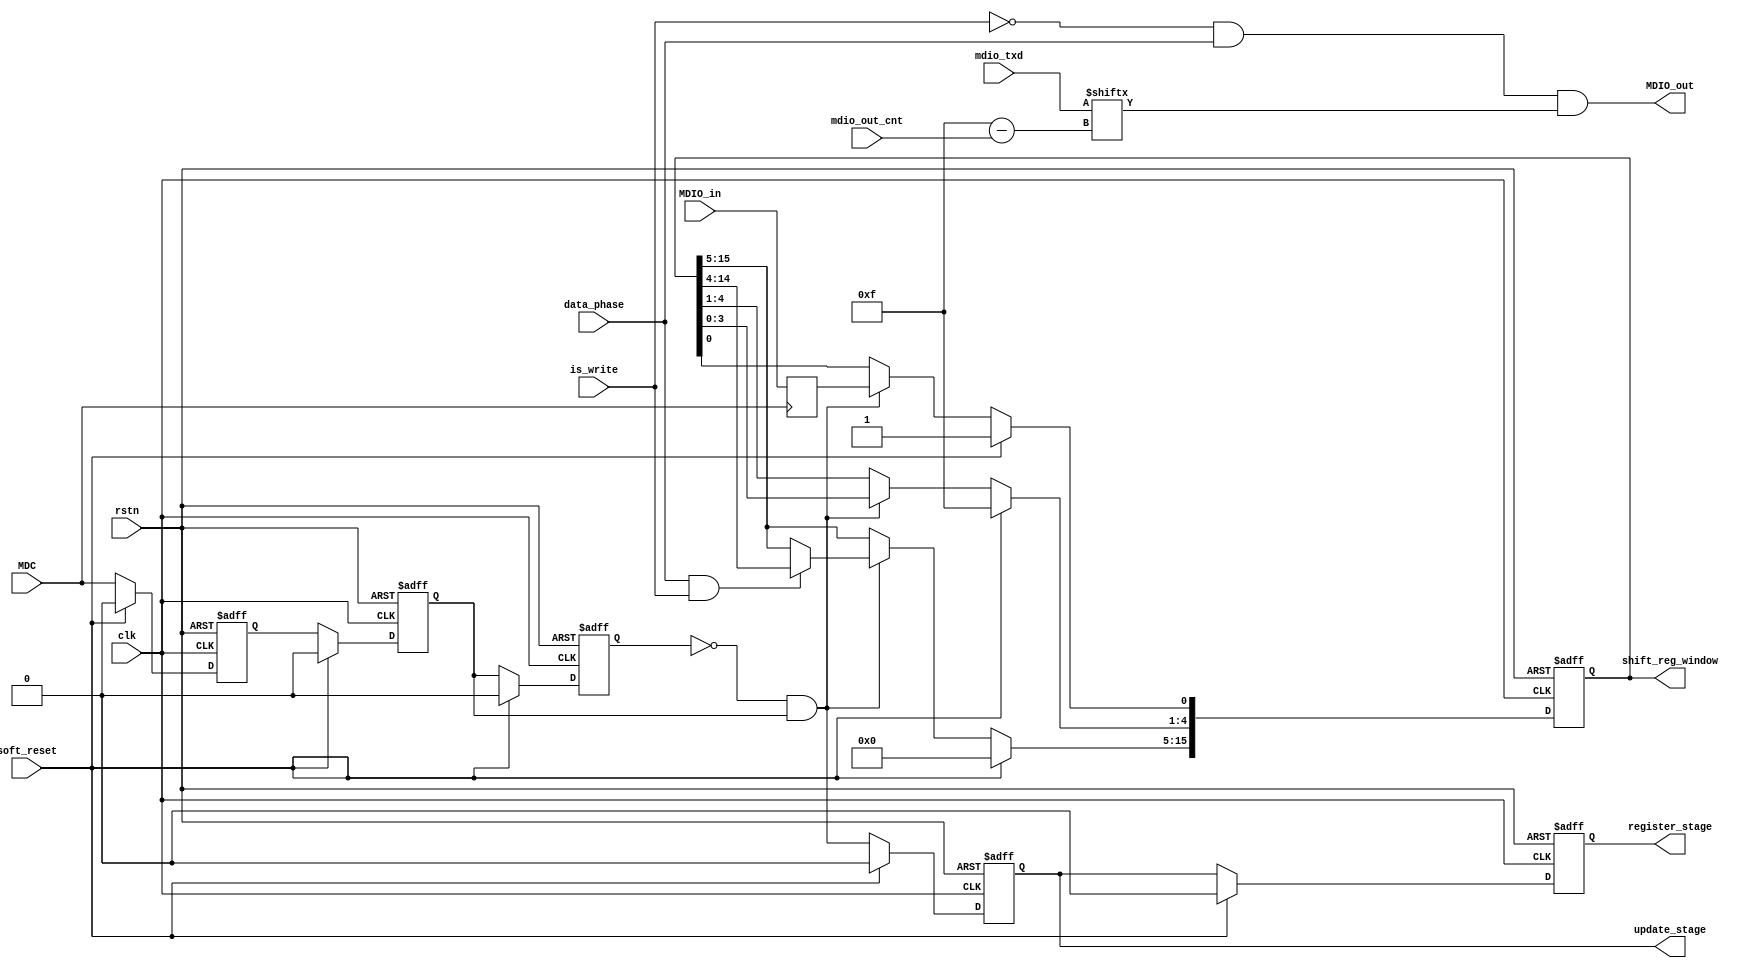
// ==================================================================
//                (C) COPYRIGHT Belling Co., Lmt.
//                      ALL RIGHTS RESERVED
// ==================================================================
//  File Initiation   :  2020-2-24
// ==================================================================


module MDIO_datapath (
    // clk and reset
    input   wire            clk, 
    input   wire            rstn,
    // MDIO interface
    input   wire            MDIO_in,
    output  wire             MDIO_out,
    input   wire            MDC,
    // control path interface
    output  reg     [15:0]  shift_reg_window,
    input   wire            data_phase,
    input   wire            is_write,
    output  reg             update_stage,
    output  reg             register_stage,
    input   wire    [3:0]   mdio_out_cnt,
    // MDIO TXD
    input   wire    [15:0]  mdio_txd, 
    //soft reset
    input   wire            soft_reset
);

reg             mdio_sampled_data;
reg             mdc_synch_stage1;
reg             mdc_synched_data;           //mdc_synch_stage2
reg             mdc_synched_data_shift;
wire            mdc_posedge;          

// sample FF
always @(posedge MDC) begin
    mdio_sampled_data <= MDIO_in;
end

// MDC synch
always @(posedge clk or negedge rstn) begin
    if (~rstn) begin
        mdc_synch_stage1 <= 1'b0;
        mdc_synched_data <= 1'b0;
        mdc_synched_data_shift <= 1'b0;
    end
    else if (soft_reset) begin
        mdc_synch_stage1 <= 1'b0;
        mdc_synched_data <= 1'b0;
        mdc_synched_data_shift <= 1'b0;
    end
    else begin
        mdc_synch_stage1 <= MDC;
        mdc_synched_data <= mdc_synch_stage1;
        mdc_synched_data_shift <= mdc_synched_data;
    end
end

// mdc_posedge detected
assign mdc_posedge = (~mdc_synched_data_shift) & mdc_synched_data;

// update_stage/register_stage
always @(posedge clk or negedge rstn) begin
    if (~rstn) begin
        update_stage <= 1'b0;
        register_stage <= 1'b0;
    end
    else if (soft_reset) begin
        update_stage <= 1'b0;
        register_stage <= 1'b0;
    end
    else begin
        update_stage <= mdc_posedge;
        register_stage <= update_stage;
    end
end

// shift reg
always @(posedge clk or negedge rstn) begin
    if (~rstn) begin
        shift_reg_window[15:0] <= 16'b0000_0000_0001_1111;
    end
    else if (soft_reset) begin
        shift_reg_window[15:0] <= 16'b0000_0000_0001_1111;
    end
    else if (mdc_posedge) begin
        shift_reg_window[0] <= mdio_sampled_data;
        shift_reg_window[4:1] <= shift_reg_window[3:0];
        if (data_phase & is_write) begin
            shift_reg_window[15:5] <= shift_reg_window[14:4];
        end
    end
end

// MDIO_out
assign MDIO_out = ~is_write & data_phase & mdio_txd[15-mdio_out_cnt];


endmodule